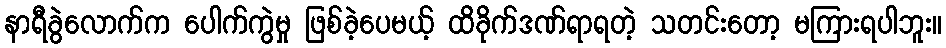
နာရီခွဲလောက်က ပေါက်ကွဲမှု ဖြစ်ခဲ့ပေမယ့် ထိခိုက်ဒဏ်ရာရတဲ့ သတင်းတော့ မကြားရပါဘူး။